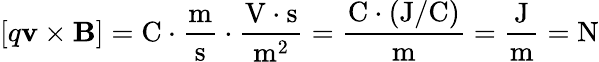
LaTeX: [q\mathbf{v}\times\mathbf{B}]=\mathrm{C\cdot{\frac{m}{s}}\cdot{\frac{V\cdot s}{m^{2}}}}=\mathrm{\frac{C\cdot(J/C)}{m}}=\mathrm{{\frac{J}{m}}=N}